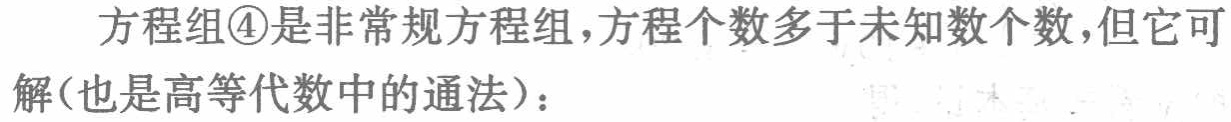
方程组\textcircled{4}是非常规方程组，方程个数多于未知数个数，但它可解(也是高等代数中的通法)：